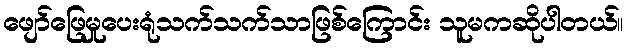
ဖျော်ဖြေမှုပေးရုံသက်သက်သာဖြစ်ကြောင်း သူမကဆိုပါတယ်။